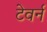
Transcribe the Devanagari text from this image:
टेवर्न